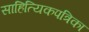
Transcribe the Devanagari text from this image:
साहित्यिकपत्रिका